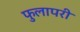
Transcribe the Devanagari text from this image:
फुलापरी